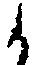
候